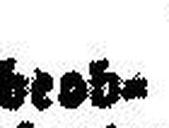
beo¬